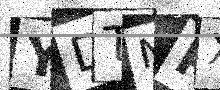
Text: YDTNPX